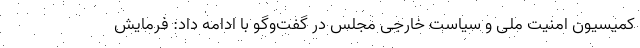
کمیسیون امنیت ملی و سیاست خارجی مجلس در گفت‌وگو با ادامه داد: فرمایش